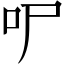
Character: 㕧